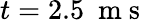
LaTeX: t=2.5\ \mathrm{~m~s~}